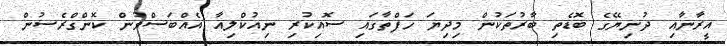
އީރާނާއި ދުނިޔޭގެ ބޮޑެތި ބާރުތަކުން މިދިޔަ ހަފްތާގައި ސޮއިކުރި ނިއުކްލިއާ އެއްބަސްވުން ކޮންގްރެސުން